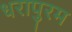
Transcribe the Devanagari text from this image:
धरापुरम